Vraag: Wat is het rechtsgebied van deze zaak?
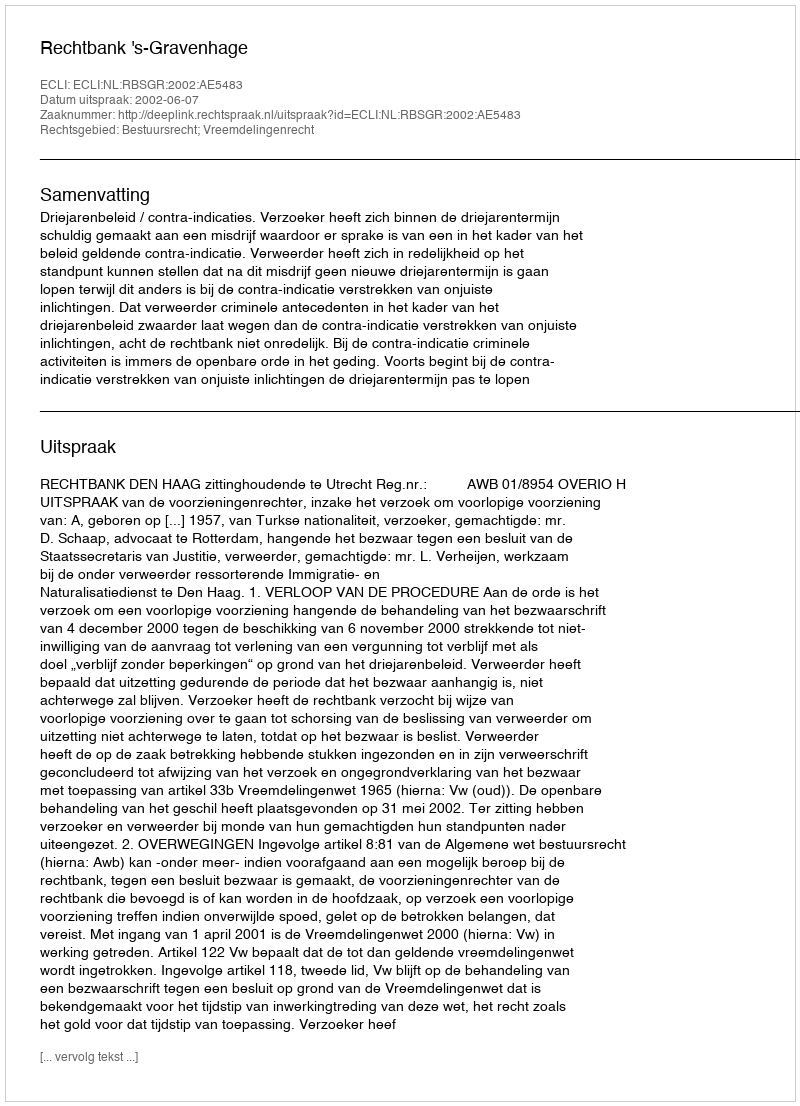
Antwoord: Bestuursrecht; Vreemdelingenrecht